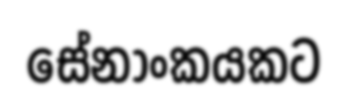
සේනාංකයකට